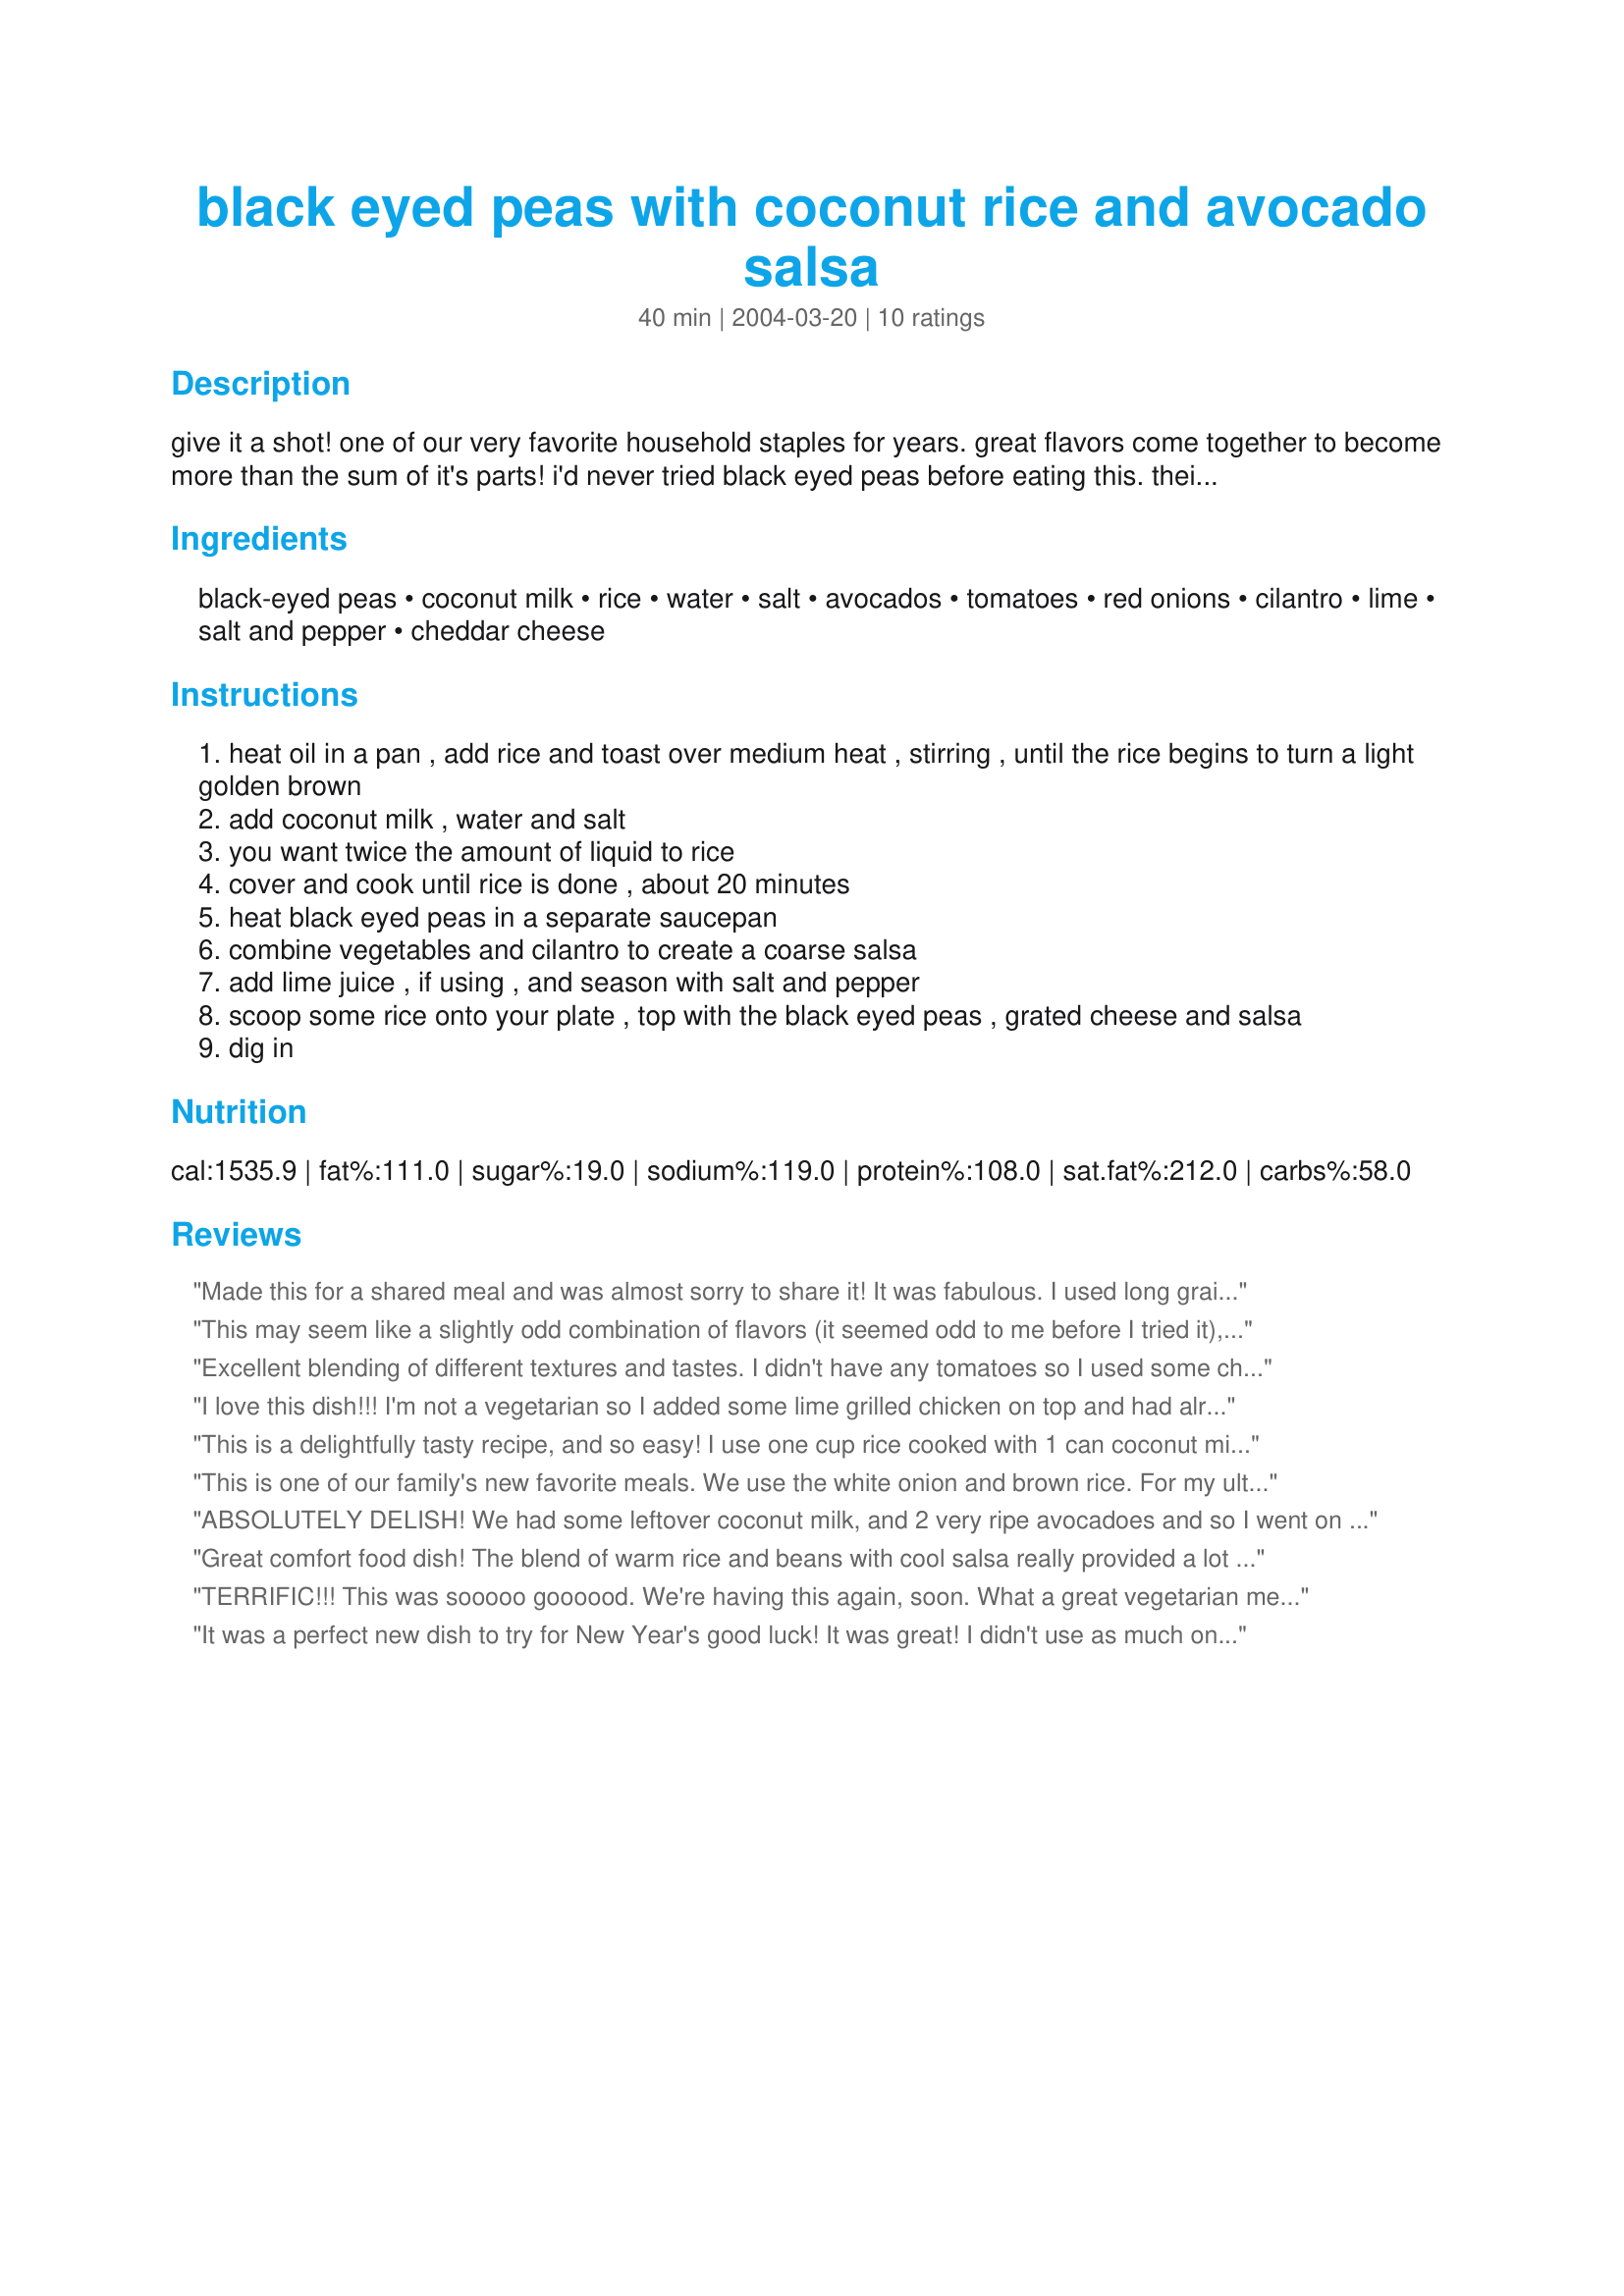
black eyed peas with coconut rice and avocado salsa
Preparation time: 40 minutes

give it a shot! one of our very favorite household staples for years. great flavors come together to become more than the sum of it's parts! i'd never tried black eyed peas before eating this. their earthy flavor is perfect when combined with these other ingredients. an easy to throw together, casual weeknight meal that needs no other accompaniment.

Ingredients:
black-eyed peas, coconut milk, rice, water, salt, avocados, tomatoes, red onions, cilantro, lime, salt and pepper, cheddar cheese

Steps:
heat oil in a pan , add rice and toast over medium heat , stirring , until the rice begins to turn a light golden brown
add coconut milk , water and salt
you want twice the amount of liquid to rice
cover and cook until rice is done , about 20 minutes
heat black eyed peas in a separate saucepan
combine vegetables and cilantro to create a coarse salsa
add lime juice , if using , and season with salt and pepper
scoop some rice onto your plate , top with the black eyed peas , grated cheese and salsa
dig in

Reviews:
Made this for a shared meal and was almost sorry to share it! It was fabulous. I used long grain rice as that is what I had. Worked fine. Thanks for a great meal.
This may seem like a slightly odd combination of flavors (it seemed odd to me before I tried it), but it was really good!! The combination of coconut rice and avocado salsa was really tasty, and all of the textures together were so delicious. I used the optional lime, and I don't think I'd ever leave it out...it added something extra to the flavor. I am pretty sure I never would have thought of this combo on my own, so thank you so much for posting it! I'll be making it again soon.
Excellent blending of different textures and tastes. I didn't have any tomatoes so I used some chopped turnip instead. It was great! I also made the beans from scratch, didn;t used canned ones.
I love this dish!!! I'm not a vegetarian so I added some lime grilled chicken on top and had already made another salsa recipe, however the jasmine rice cooked with coconut milk and the black eyed peas were fantastic - I finally have a vegetarian friendy dish to take to potlucks - thanks!
This is a delightfully tasty recipe, and so easy! I use one cup rice cooked with 1 can coconut milk. I only make the amount of avocado salsa that I will use that evening. I add plenty of sea salt and fresh ground white pepper is great in this. I use less cheese, but I use Cabot's Seriously Sharp Cheddar. I use one 15 oz. can of black-eyed peas. I tried to use a large can once and it didn't taste as good with too many on it. I've made this many times and it's always a sure-thing. I use one avocado, one medium tomato, half a lime, a good-sized wedge of onion, and cilantro if you have it. This ratio of food makes enough for two hungry grownups, who, if they show restraint, can have smaller amounts for two lunches the next day, making a new batch of salsa. Try this if any of these words intrigues you in a recipe: coconut, beans, rice, avocado, cilantro. Also, if you're a cilantro-hater, of which I used to be one, you can omit it with good results. I am now a cilantro-lover.
This is one of our family's new favorite meals. We use the white onion and brown rice. For my ultra-picky, can't-stand-things-mixed-together toddler I set aside some rice, avocado, and peas before combining.
ABSOLUTELY DELISH! We had some leftover coconut milk, and 2 very ripe avocadoes and so I went on a search and was not disappointed. Used jasmine rice but didn't have any black eyed peas on hand so I used 1 can black bleans and 1 can chick peas. Served with chicken breasts. Leftovers were used as a vegetarian wrap adding some corn and salsa. Will definitely make this again.
Great comfort food dish! The blend of warm rice and beans with cool salsa really provided a lot of complexity to the dish.
TERRIFIC!!! This was sooooo goooood. We're having this again, soon. What a great vegetarian meal. I too, used lite coconut milk and soy cheddar cheese shreds. It's a perfect combination of tastes, colors and textures. Thank you so much for sharing this treasure, CJane.
It was a perfect new dish to try for New Year's good luck! It was great! I didn't use as much onion and doubled the good stuff...avocado! :) Thanks CJane!
